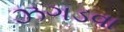
ઝગડવા